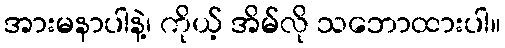
အားမနာပါနဲ့၊ ကိုယ့် အိမ်လို သဘောထားပါ။